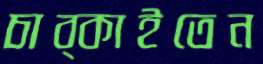
চাব্‌কাইতেন